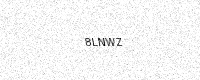
Text: 8LNWZ